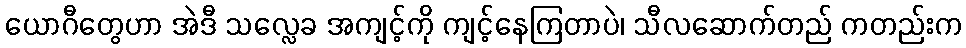
ယောဂီတွေဟာ အဲဒီ သလ္လေခ အကျင့်ကို ကျင့်နေကြတာပဲ၊ သီလဆောက်တည် ကတည်းက